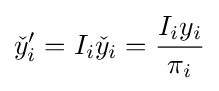
{\check {y}}'_{i}=I_{i}{\check {y}}_{i}={\frac {I_{i}y_{i}}{\pi _{i}}}